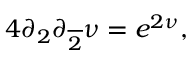
4 \partial _ { 2 } \partial _ { \overline { { { 2 } } } } \nu = e ^ { 2 \nu } ,